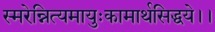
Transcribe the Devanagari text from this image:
स्मरेन्नित्यमायुःकामार्थसिद्धये।।